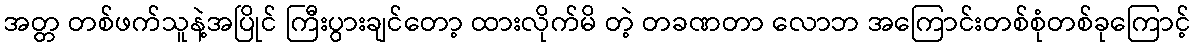
အတ္တ တစ်ဖက်သူနဲ့အပြိုင် ကြီးပွားချင်တော့ ထားလိုက်မိ တဲ့ တခဏတာ လောဘ အကြောင်းတစ်စုံတစ်ခုကြောင့်